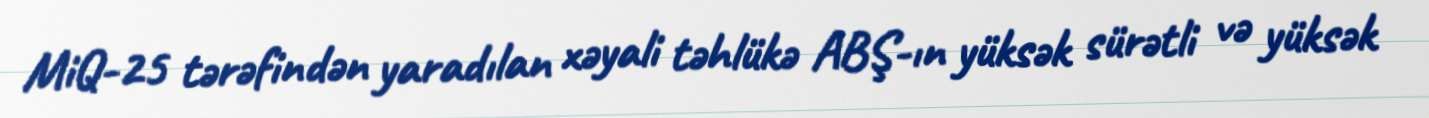
MiQ-25 tərəfindən yaradılan xəyali təhlükə ABŞ-ın yüksək sürətli və yüksək